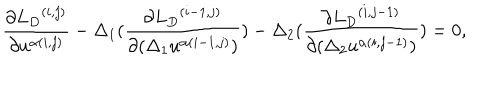
\frac { \partial { { L } _ { D } } ^ { ( i , j ) } } { \partial u ^ { \alpha ( i , j ) } } - \Delta _ { 1 } ( \frac { \partial { { L } _ { D } } ^ { ( i - 1 , j ) } } { \partial ( \Delta _ { 1 } u ^ { \alpha ( i - 1 , j ) } ) } ) - \Delta _ { 2 } ( \frac { \partial { { L } _ { D } } ^ { ( i , j - 1 ) } } { \partial ( \Delta _ { 2 } u ^ { \alpha ( i , j - 1 ) } ) } ) = 0 ,